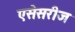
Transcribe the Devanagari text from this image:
एसेसरीज